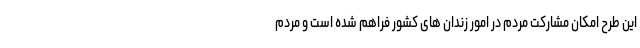
این طرح امکان مشارکت مردم در امور زندان های کشور فراهم شده است و مردم